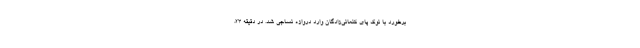
برخورد با نوک پای کنعانی‌زادگان وارد دروازه نساجی شد. در دقیقه ۲۳،